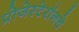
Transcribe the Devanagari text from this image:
प्रोजेस्टेरॉनचे